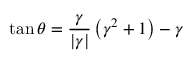
\tan \theta = \frac { \gamma } { | \gamma | } \left( \gamma ^ { 2 } + 1 \right) - \gamma